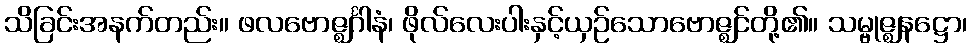
သိခြင်းအနက်တည်း။ ဖလဗောဇ္ဈင်္ဂါနံ၊ ဖိုလ်လေးပါးနှင့်ယှဉ်သောဗောဇ္ဈင်တို့၏။ သမ္ဗုဇ္ဈနဋ္ဌော၊